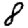
Digit: 8